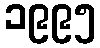
၁၉၉၅